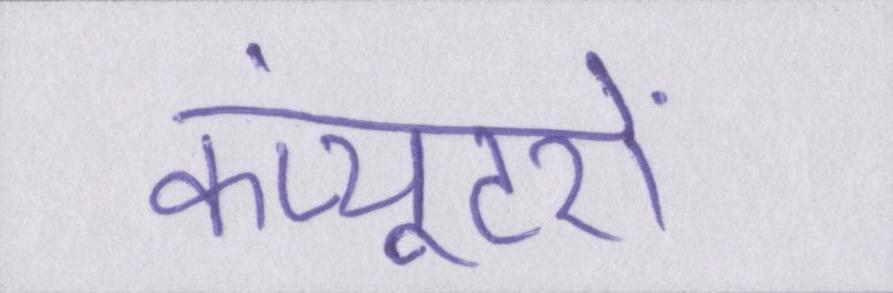
कंप्यूटरों